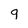
Character: 9